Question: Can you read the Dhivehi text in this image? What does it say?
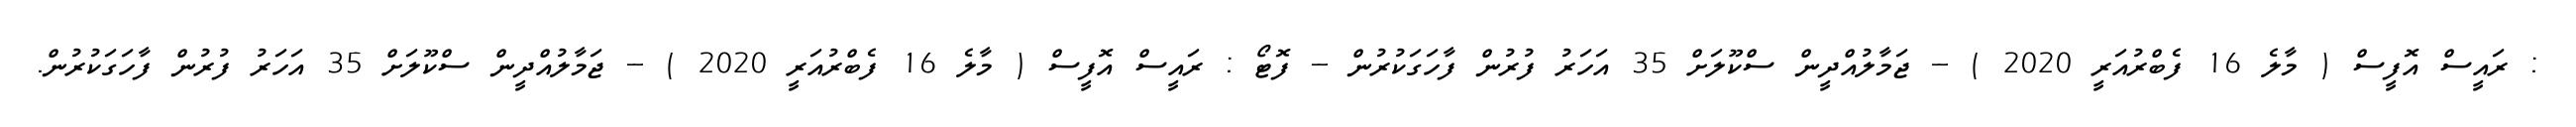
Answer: : ރައީސް އޮފީސް ( މާލެ 16 ފެބްރުއަރީ 2020 ) -- ޖަމާލުއްދީން ސްކޫލަށް 35 އަހަރު ފުރުން ފާހަގަކުރުން -- ފޮޓޯ : ރައީސް އޮފީސް ( މާލެ 16 ފެބްރުއަރީ 2020 ) -- ޖަމާލުއްދީން ސްކޫލަށް 35 އަހަރު ފުރުން ފާހަގަކުރުން.